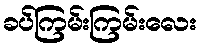
ခပ်ကြမ်းကြမ်းလေး